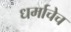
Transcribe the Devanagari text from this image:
धर्माचेच